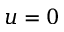
u = 0